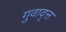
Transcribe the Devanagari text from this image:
गुवावृत्त